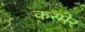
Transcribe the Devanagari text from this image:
कस्मेर